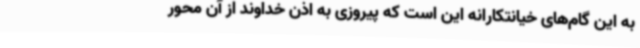
به این گام‌های خیانتکارانه این است که پیروزی به اذن خداوند از آن محور